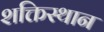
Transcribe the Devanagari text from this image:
शक्तिस्थान